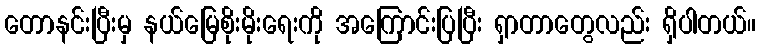
တောနင်းပြီးမှ နယ်မြေစိုးမိုးရေးကို အကြောင်းပြပြီး ရှာတာတွေလည်း ရှိပါတယ်။